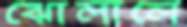
ঝোলালে